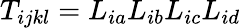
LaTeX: T_{ijkl}=L_{ia}L_{ib}L_{ic}L_{id}